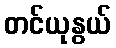
တင်ယုနွယ်